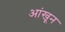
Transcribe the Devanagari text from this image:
आंखून